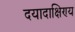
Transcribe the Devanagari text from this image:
दयादाक्षिण्य